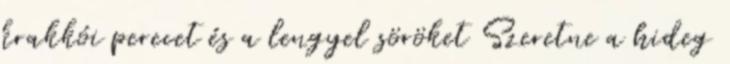
krakkói perecet és a lengyel söröket Szeretne a hideg